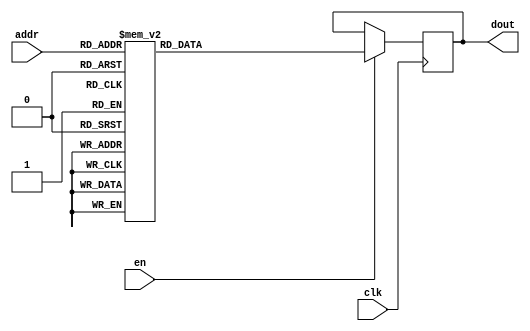
`timescale 1ns / 1ps
/*
Copyright
All right reserved.
Module Name: rom_syn
Author  : Zichuan Liu, Yixing Li and Wenye Liu.
Description:
A synthesized ROM: ROM_DEP x ROM_WID
*/
module DC_9_W_ROM_10(
// inputs
clk,
en,
addr,
// outputs
dout
);
localparam ROM_WID = 512;
localparam ROM_DEP = 32;
localparam ROM_ADDR = 5;
// input definition
input clk;
input en;
input [ROM_ADDR-1:0] addr;
// output definition
output [ROM_WID-1:0] dout;
reg [ROM_WID-1:0] data;
always @(posedge clk)
begin
if (en) begin
case(addr)
		5'd0: data <= 512'b11111010001111001100110001111001000100111101111101110101111001101101111000110100001011111000010110100001101010100010111111010010000100110101001011001100010111000011001101000001101100111001011110100101010011101001011101110101111110110001010111001001001111011000001011111010111100001110110110100111011110011100110011000010010101111010111101011100001000000101011110000011011001001111000010101010000100111011111010100110011011000000101101001101010011111111101111010011011101000111100111101010011100100101011001011100;
		5'd1: data <= 512'b10101001011111100110101110010001010100110001110011111011010010000100010011101110001001111100000001010010011101010010101100011111101000110111011100010000001110011010110001100101001011110000000111010000110100110110010010000011011100110001001110101101011001001000011101001101101010100101000111101011010000011101000000010001111011011000110111110001011000000100000010000001000010000001001110000110001001000010000101101010100110011010001110100100100111010000000001101000110111101101000101000001001010101110011011001000;
		5'd2: data <= 512'b11011000000101110000010101000011000011000011001101000100010101101100010000111111000000111100010010010100001100100101010001000001100000011111101110100110011101001110011101010101010101010101101110100111011010001111100100001011110100010001001101001011101101000001110001100111001001110111000011010110110001011000111001010111010010111101100100100010111010011011001000001011101010101100100110110101101011111010010100111111110011100011100100000101001000111000000001110101011111011110100101001111001100011110110100001111;
		5'd3: data <= 512'b01101001010110010111011010101100011111111110011110010110001001011110111000010000010000011111011011101001110001101010010000111000010010011011000111010110011111110001000110100010101100111010011110011001101000010010111100001100000011010000110100000010100100101000000100000001010000001100110111011001110100011101000011110010001111001011001010100110001100010000110000000111110010110100001001101000011010011101100010101100001111101010001110001110100001110000101000000000100000101001111011011111101010111001001101101111;
		5'd4: data <= 512'b01101001001110011001111001011011000001101001000101011101110100010101110111101100000011100011010010010001101000110010100111011110000101110101011111001100000101100101001000001000011000011001001111110010010101001011111111111001000011110101011100101000011111011110101011110100101101001110111110001011011110011000110010000110010001111001011011001110001100001011010110001011011011001111001111110111101101110011010110000110001110101010101001010011100101111100100000010000010010010010100111001000001110110101011010001110;
		5'd5: data <= 512'b10001110000011011111000010111100010110000010110010101011000010100011000000001101010011010000111100100001110111011111110000101111101101101010000000010011101010100000010101111000101111110100110000010111100010110100111110100101101000011110101010011110010010100111010010100110110010100000010010100100010001010011001001010101001110000111000010100010000111000111100100011100100100011001001100111000011000001101101110000000110001101111011000000010011010100000011100101110111000001100001001010000110011101011010111100101;
		5'd6: data <= 512'b01000011110010000101010101100011111101011100010011001011011011100111110000000001100111000010000110111000111010011000111111101111000100100101110001001100001000110100101011110001010000010011001111000110100111110010011101000011010101011000111010110000011000001111000011111001111001101111011011000010011111011001101010011000101011110010111011101100101010010110010111101101001001100001001100010110111000000111001100001110010011011001010000010100100110011001100010011010000010100111000001011000000111101000111111011000;
		5'd7: data <= 512'b10000001101000001100110110101101111001010100011010001011111011010010101111110101101100001011100000001010010000011110001010011100011000101000010001000001001010110110100001110000011011100111010001011010101001111010010000011010001001011000001101110110011010001111001010100000010010101100101100001000011111000111010100111000101111001111010011101001101010001010110011111101000100100101001110011010101000010110000100001001011100001010010010110100000101010110000000101111110001111010111011010001100111101011110110100010;
		5'd8: data <= 512'b11001011110100000101101101011111100100001100111101011011101101110001010000100101000011000100100111101000011010111000001001010100100101110100101000001101000001101100111110010100011000000000000001011110110101110001000100101110101011111001110010111001111010000000101011111010100101100101101010100111111111000110111000001011110010111010101011011100010010110111101010011011101011110111100111110010101000001010011111001001101000110001110101000001101110001100110110011001100100100011001011011101111110111100010001110010;
		5'd9: data <= 512'b00110110011001011010000111111110000111101010100010000000100110011011101101011000010001101110001001011111100001001101000000100010001010011010001100110011011111010001010110001110010011111110100100010101000000000000110010100100011000010110101110111101100001111001010110001111000011010001000011111010000000100001001100010111101010000111010110100001100111101011101000100100110110011000010011101001011111000100000100110101111101100010001110101010011010100110010100100000101101111011111110110111111000011100000110100111;
		5'd10: data <= 512'b11101011101111011101001110011010100000110001101101010010100001000111100101100011101111011100110101100011110110111000011110110000000001010001101110001100000001100110010000011101110010000010010000111110000111110001001111111000111110001001100111011100111010100101110000011100001111010001101110100011101111100110000010011111110001110110000001011101000110101001000001010110001101000010100111010011010001100001010110000001111101010101110001000001111111100110111010000011100110000110000001010101011101111101111101010010;
		5'd11: data <= 512'b10111110101011010001100001011000010000000001100011011100110100100001000111101110111010110001110100110001100111000101011100010001101111010001101110101101010000001110110100011001010011000100100001001110010100111101101110111000111110101101110001011111110011010100110011010100001101110001011100101010101011110010101101011001010000110101010101001101010101110101000101110010010101101010110100110101100101101001010101010001111000010101110001110100111010010110111111111111011111000100001100010101010111010111101001011101;
		5'd12: data <= 512'b00001001110010110111100110110110111001100000000010101010100110011010101101000011110100010111101000101111010101011100011000101101111011101110110100100001111000111110110011110110011011010110110001011010100001110110110010011110000101001010101000010100111010100111010110000000010010111101101001001010100001100011001100111101100110000101000010100011110111111010110001111100110100110000001100111001100111000100000101011001000000000101010110100110111111010001000000101100110110111010111011000001100010101010110111100011;
		5'd13: data <= 512'b11110100000000011011001011100100000111111011001000010101010011110011111100001100110110100000010001111001010100110111001000110111001111001001001011111110110101010010111000010011010110110001111110100111101010111110001001000001011110111110110101111111110101110001010111100111011001010010100110110001001000001000000111111111001010111011010101010100010011001001001111001110100100011010010001101101101101110101000101110011010110101001101010111011100100011000110111011001001011110100000000011111001000011000101000011111;
		5'd14: data <= 512'b10100001000101011100111000001010100110111110101101110111001111101110110110011101000001000110010010101001011110000010110111000000101000110111001011011100111101100001001111110111001010001011011110110001101011001011011111010101101100110001110101101010101100101101110100011111111000010110100110110111001110011000110111000010001101110010010001111100010100001011010010001111001011110111101001100011100100110001011101100011111111000001101001111011100100111110101000010001000011010101110001110110111001110111001000111000;
		5'd15: data <= 512'b10010111101011101111000010000011100100111101111111100010100010100011110100001011001011000000100101111001110011001000000001110010001101100001100100101000100001100000110011011001100010001011110101010010100111110010001011111110111110011101110011010000110010011000101001001001001111101011001100101111001100101010111110110111100010110110010001011001010111100101111101110010101001000011000101010010000001000111011110010010111100111101001100110001101110000100010110011011000100100110000000110000011101110111101101111000;
		5'd16: data <= 512'b01011110101111010100001101010111100000000111010100111001100100010001100001100000010110011110101000110100101101100100100001011000000111000111111001100000101100011111100001001110001110111101000011110101011101001110000100011000000000101100111101000011100001011111110001010111010101011000001100001011100111011101001000111111111000101001010110011100101011111001000011110010010111110010110011011001110011100010000001111101001100100100001100100100001111110100111101110010101111000010101010001111110111001101000111101000;
		5'd17: data <= 512'b10011000010001110100011101000011100010110011010111101100100100000000001010011010101101101111100000010100110101000000100001011000100100000111101010110001011110111101001001000101100111111110001010110011010011001110001100011101110011100010001000100011101100011111100100110101011010010010011011011010110110011010011101100001000111000001101000110100111101111001110100101001000011100110101000010100111110110011110001001101111001010110011001010100000011000010011010110111010010011001100100101010110111110011011001001101;
		5'd18: data <= 512'b00100011001001001111110110001001100110100000010011011011011010000101110101001110101110010000011100110100001100010010000000011111101001000101011001010000000000000111110000101001011011111001000010000000110111101110011010001111000101101000000110101010111000101101100000000000001011110111000011001011110001111101100001000001111010010001010011110101011011100101011100101001000011000011001110011110101100110010000100000011100110001111010010011000110001010111010001001110110010011100010001010001000110100110011011001010;
		5'd19: data <= 512'b00110101110011110110000110100101111110000110101010000010100011000011000000010001001100001001101100100010010111011001010000100100111101001110100000110011011010111010110111111001111101100110100000110111111011010100000000010000011000101010100000010110111010110100010000101010010010111001001001110100010001110011011101111000101110000101100010110001110111111000101001111101100100100000101101001000010010000100100001001101110000000110000010110000111110000011011010111111100011101110011100110110110100001000100100110100;
		5'd20: data <= 512'b00111001011000101111011011101100111011010110011111110110001011011010100000110111000001000010011000111011110011101010110100011000000110011011000101011010001111010001100001001010001100101100000111111001001001000110011011010010100101011101101101100100101110100010010011000101110000011110010111111101010111011111000111110110011101011000111001111010000000010011100001010111110100000000001001011100010010101110110010001000000100100001001110001010000101010010101100001000000000001001111011000011110010100110011100110010;
		5'd21: data <= 512'b00000010100100100000011010100110111100000000001111011011001111101010101000101110100100101000001001011000000101011111100010101001001010110101110010000011100100001111001011111101100010101110100110101111101110110010001110001111000110100011101101001111010101100111110100101011100110010001001000111100011010101011011000110100000100100111100010001110101001111011101000101100000110010001010100100011100000011110011010111001100101101010011010110000001011010001001100100001000111000101111101100110011101111110000010101011;
		5'd22: data <= 512'b00010001010111111010010110110110000111010101011100100011001111111101010100001111000101110000010000010110001100110001011010101101101000111101001010110100101101001110101001111110000111001011101000111111101000011011001010100011101110110111111101100111000101001101100111100111000111010111000010100101010001010000100101010101111010100110110100011000111010001101111110101011101000110001101110111100101001101101101110100000110000110011100001111101001111101101001101110001111001010001001011100100001110001101110101101011;
		5'd23: data <= 512'b01001101100110000111100011010011010111011110000111011101011111010000010000100001100110000011001110000110111101100110110111011110010110000100010000000110100101001000101100010010110000001101001111001100101100000011010011110010000111011101101110000101100110010100000011110001101001011110100111100111000100110101101010000011110011111001011111111100000000110001011111010001011110101001011001010100100001010000010101011111001110011001110110001001010010011000100011000010001011000011100010011110101010000010010101010100;
		5'd24: data <= 512'b00011100010010111010001001110100011111101010010100111100011111011000001000000001010100001111001010001111000001100111000000101111001110011110011011110110011010010001000101000010010101111111001011100100101000001101110000000001011001000110011100100101100101111010001110110111010000001100010001011100010010000011001111101110011111011000001110100110101100100010100111101100110100111100011001101001011111111110101000100100000101101010001110101010010011110001101101100100101000101001011110001011100000001001011000100111;
		5'd25: data <= 512'b10010100010000110000101110101010010011101001001001000010100100100110011010110101000100101010010010000101010110001101011111100001111110110101101111101011111110001001001000100111011100111111111011111001010010000111000100011010110000110100011110010001100001011011010111000010011011100001100010011110101000101110011010011110001101010110110000100001101111011100101010000100100010100110010010101011011111011000010110110011110001101000111111101001000011101001011010011011000110111101110101100111111001111100100110101111;
		5'd26: data <= 512'b11010110110100000000011101011000010100000001101100100001100101110110011010101011010000011110010010010000101100100101011111000001100101110001101111111110100100100011001001011111100010111000010100100101011110011001100111111110110010110100001001001011000101010010100101111100101101011011111111110101100011101110110111000010011001100110010101001110100010000011000111010110000001101111010101100111010111100001011110111110100011110000111010110111001011111100101111101001001101000101100100111100010001011101101110001111;
		5'd27: data <= 512'b10010110101111010111100010100010100001001000101101000111100000100111010111110101001001001010010111100110111100001000111110111100011111000001001000010010100000101000111001111001010010100110010100010010000011100001000011111000101001001110100010010000111010000101000001011101100101010110001110100011010111100011111000000011100010110111000001011101100110001001000101010010001001000011000101111111000100001000010100010011111010010101110000010001111110101110100010100011110111000110111101010100101101110100100100011000;
		5'd28: data <= 512'b11100110101111101111001110011010100000011001101001001001100111000001110101001111101111110000100101110100111110011000001001010100101001110001001010110100100001001110110001011001110000000010110110110010111111110011001111101001001110101101110111011000110010011001100100110110001111100011101000101010101101100100110000001001110010111111100001010100110111101101011110110010000111000011110110110101100101011001011111110101111000011111110001110001111000100110110011111001111111001100000101010101000111011101101000011011;
		5'd29: data <= 512'b00000010011010111010000010101011100101111100010010110001001110100010111101001100010101000110001001011111001001001110111011100111011110111110011000010100001001011100110010110011110011011110100001100010100110100010010110110011101001111010101110110100101001110111000110101101101101110101010011110011010000110000001000111101101110000001100010110101110111100100010011101101110010100010100110010101001100100001101111110011100110010010011001001001001111110101000000100011100111110101110000101101001000111010010101011000;
		5'd30: data <= 512'b00101001011011001010010111100001100111011110010010001101011111010101011111010100100101100111010110100110011000000111110110100110111110001111011000100010110011111101101111101000001111101011001011010001100101001110010000100001000001011111000100110100001100111101000011111111111000000100010010101001010100010100111101000001111101001011101010110110101100101100011000101101110011000111101010001000101000011110101000001111111110100110000101001000010001111011000000110110100001000010010011001010101110100001110111100110;
		5'd31: data <= 512'b00010110010000101010110111011100011110000010001000100000100010011010101001100001011100111010111001100110000011001101001000100001011010111011000101111011100010010011110010011110001001101101111001101101111100010100100010000010011000110110101111001011000001110011010100001110010011000001000001000110001001010111000101110010000001000100010100000000101111101011111010100010110100011000010001100001011111010000100000111001011101100010100110100110111001111010011101100000101101111000001110100111011010011111001110100111;
		endcase
		end
	end
	assign dout = data;
endmodule